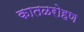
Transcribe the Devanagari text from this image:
कातळरोहण